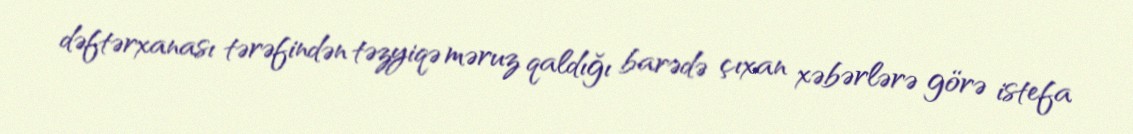
dəftərxanası tərəfindən təzyiqə məruz qaldığı barədə çıxan xəbərlərə görə istefa